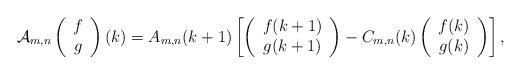
LaTeX: \begin{align*}\mathcal{A}_{m,n}\left(\begin{array}{c}f \\g\end{array}\right)(k) = A_{m,n}(k+1)\left[\left(\begin{array}{c}f(k+1) \\ g(k+1)\end{array}\right) - C_{m,n}(k)\left(\begin{array}{c}f(k) \\ g(k)\end{array}\right)\right],\end{align*}